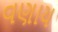
વણાય